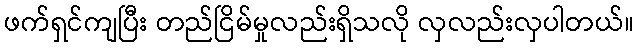
ဖက်ရှင်ကျပြီး တည်ငြိမ်မှုလည်းရှိသလို လှလည်းလှပါတယ်။